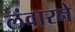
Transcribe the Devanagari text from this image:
लंवारने